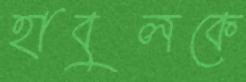
হাবুলকে